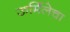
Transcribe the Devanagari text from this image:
ऊर्मिलेचा